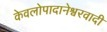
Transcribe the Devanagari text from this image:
केवलोपादानेश्वरवादी